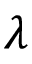
\lambda